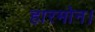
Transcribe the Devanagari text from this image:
हारमोन।